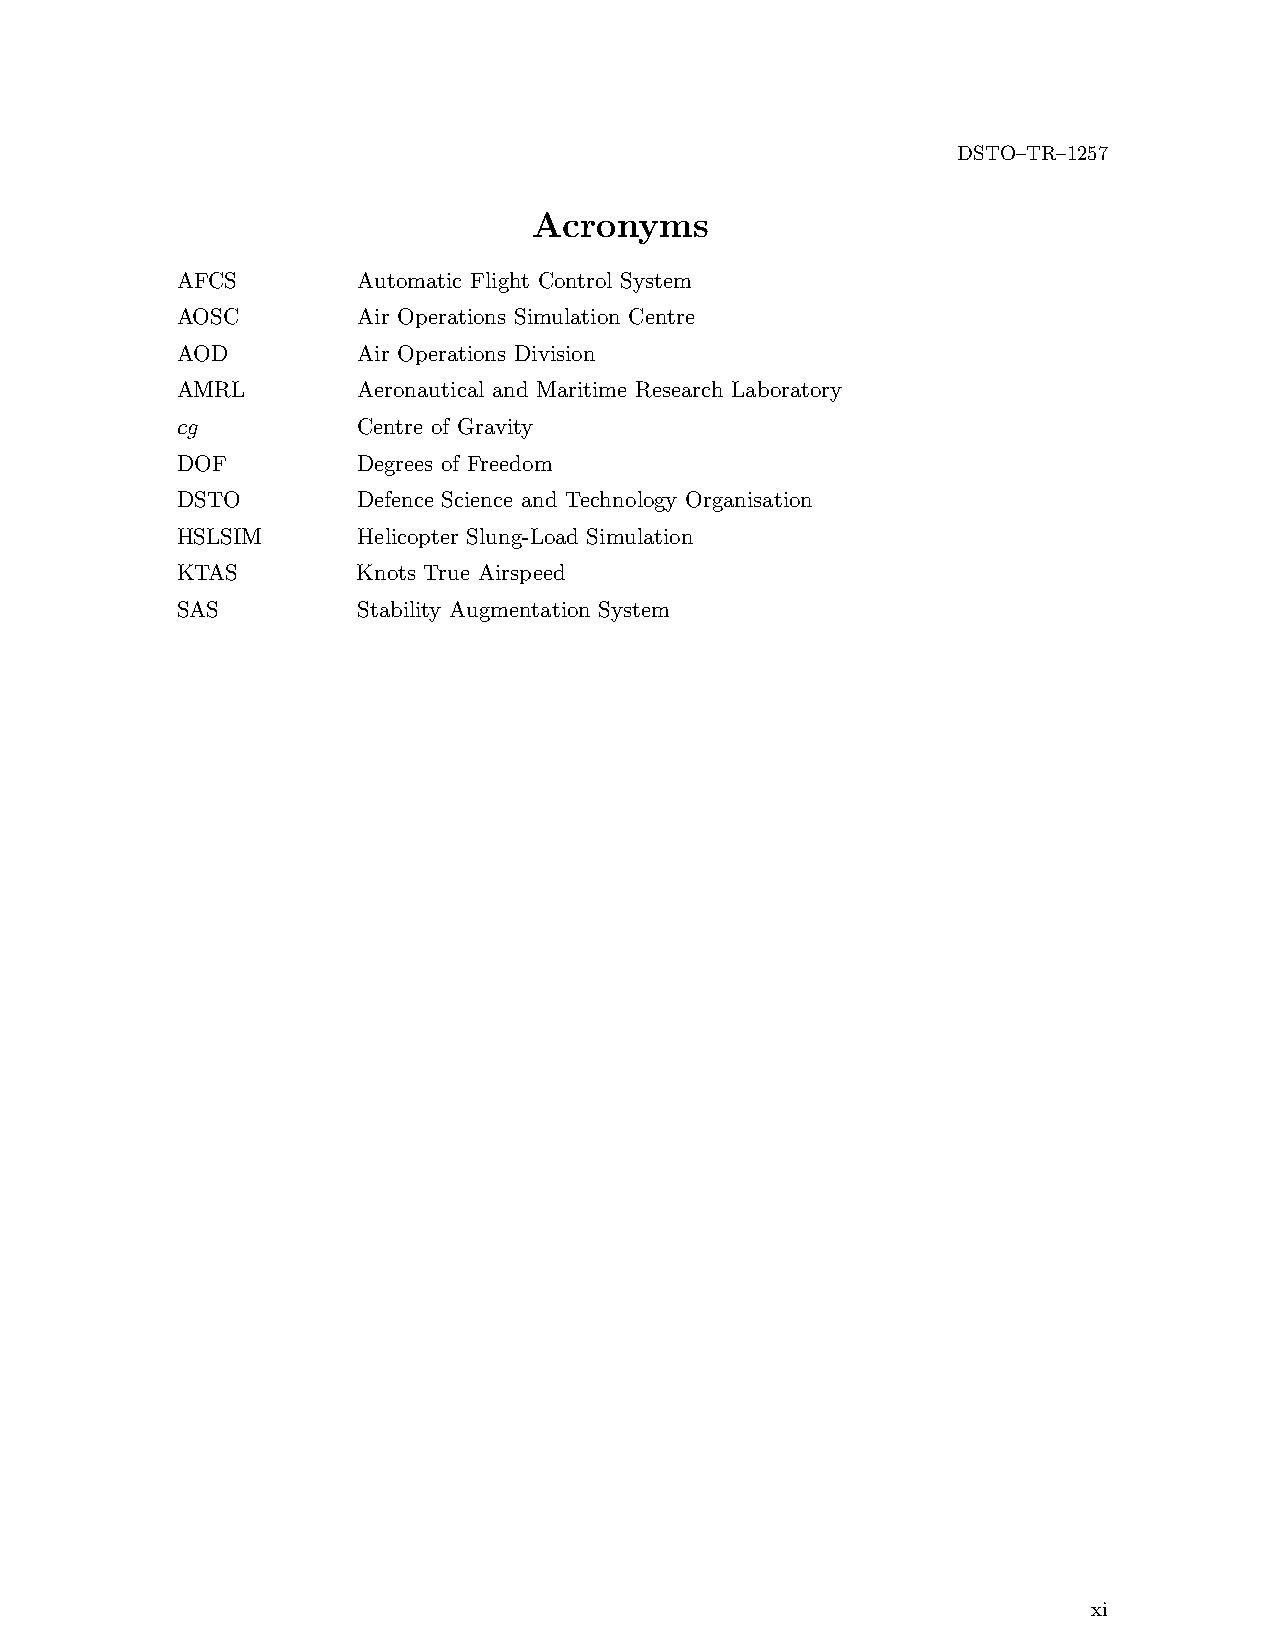
DSTO–TR–1257
 Acronyms
 AFCS        Automatic Flight Control System
 AOSC        Air Operations Simulation Centre
 AOD         Air Operations Division
 AMRL        Aeronautical and Maritime Research Laboratory
 cg          Centre of Gravity
 DOF         Degrees of Freedom
 DSTO        Defence Science and Technology Organisation
 HSLSIM      Helicopter Slung-Load Simulation
 KTAS        Knots True Airspeed
 SAS         Stability Augmentation System
 xi